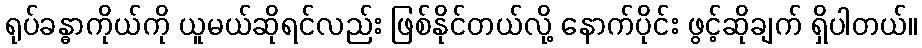
ရုပ်ခန္ဓာကိုယ်ကို ယူမယ်ဆိုရင်လည်း ဖြစ်နိုင်တယ်လို့ နောက်ပိုင်း ဖွင့်ဆိုချက် ရှိပါတယ်။